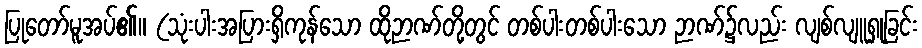
ပြုတော်မူအပ်၏။ (သုံးပါးအပြားရှိကုန်သော ထိုဉာဏ်တို့တွင် တစ်ပါးတစ်ပါးသော ဉာဏ်၌လည်း လျစ်လျူရှုခြင်း